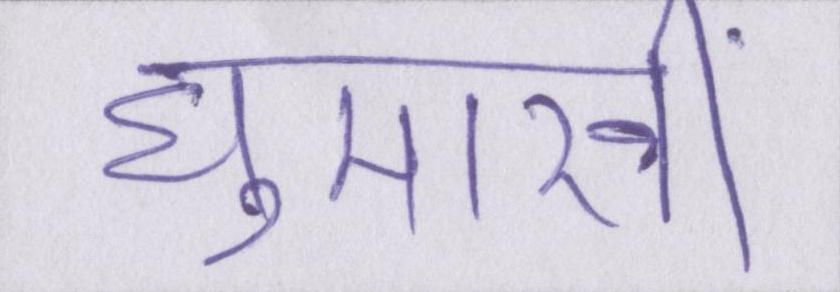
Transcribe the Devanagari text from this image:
घुमारवीं